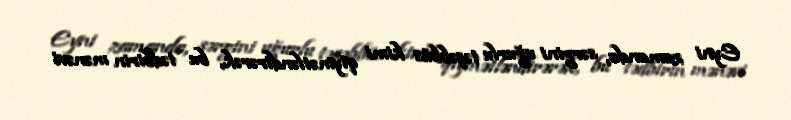
Eyni zamanda, sərgini uğurlu təşəbbüs kimi qiymətləndirərək, bu tədbirin mənəvi